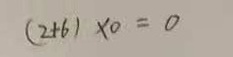
( 2 + 6 ) \times 0 = 0